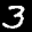
Label: 3